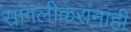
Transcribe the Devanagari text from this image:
सांगलीकरांनाही